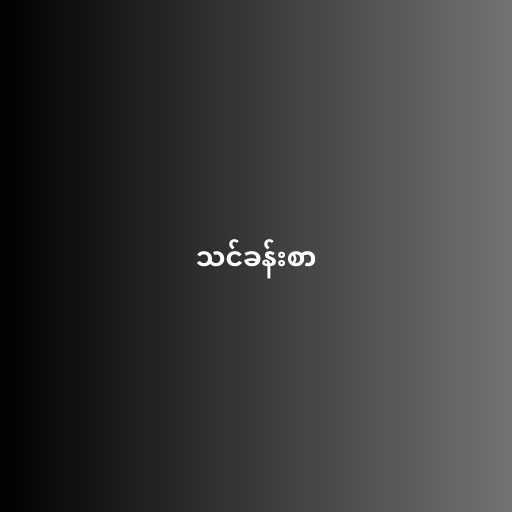
သင်ခန်းစာ